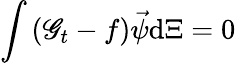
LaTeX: \int{(\mathscr{G}_{t}-f)\vec{{\psi}}\mathrm{{d}}\Xi}=0